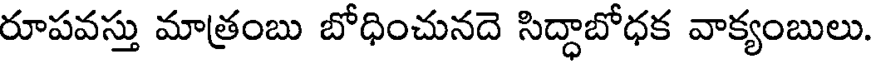
రూపవస్తు మాత్రంబు బోధించునదె సిద్ధాబోధక వాక్యంబులు.